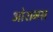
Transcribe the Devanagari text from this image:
ओशनस